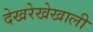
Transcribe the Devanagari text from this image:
देखरेखेखाली